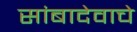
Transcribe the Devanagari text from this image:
सांबादेवाचे